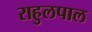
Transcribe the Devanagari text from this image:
राहुलपाल